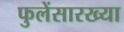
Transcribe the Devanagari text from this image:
फुलेंसारख्या